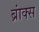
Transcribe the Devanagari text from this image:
ब्रांक्स